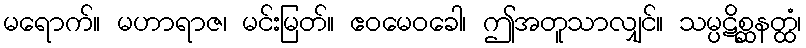
မရောက်။ မဟာရာဇ၊ မင်းမြတ်။ ဧဝမေဝခေါ၊ ဤအတူသာလျှင်။ သမ္ပဋိစ္ဆနတ္ထံ၊